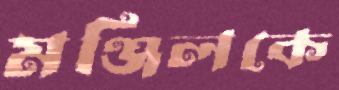
মঞ্জিলকে